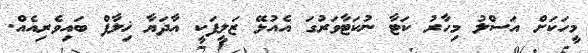
މީހަކަށް އަސްލު މިހާރު ކަޓާ ނުކަޓާވަރުގަ އެއުޅޭ ޒަލީފަކީ އާދަޔާ ޚިލާފް ބައިވެރިއެއް.